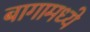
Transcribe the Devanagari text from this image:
बागामध्ये